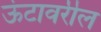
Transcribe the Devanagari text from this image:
ऊंटावरील